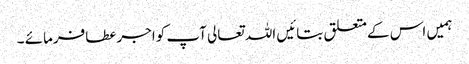
ہمیں اس کےمتعلق بتائیں اللہ تعالی آپ کواجرعطافرمائے ۔